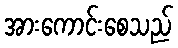
အားကောင်းစေသည်